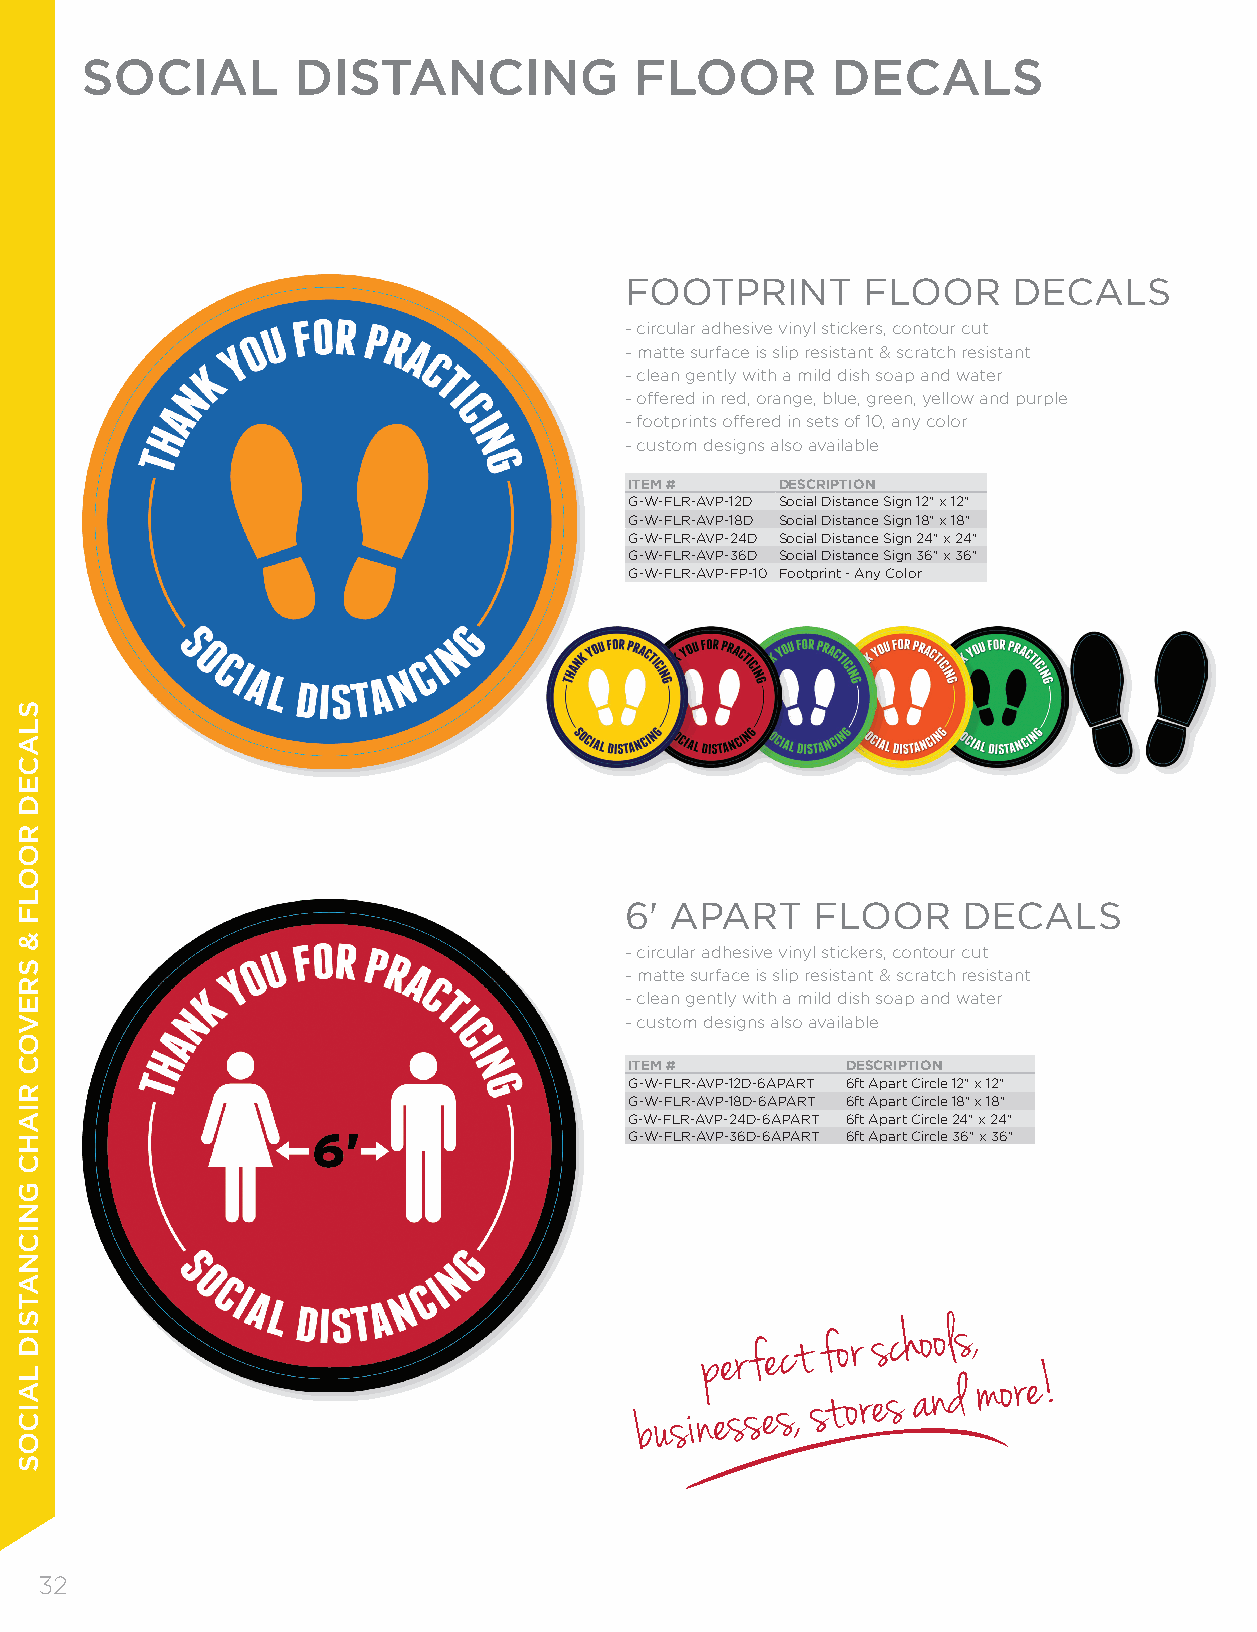
SOCIAL        DISTANCING             FLOOR        DECALS
 FOOTPRINT       FLOOR     DECALS
 - circular adhesive vinyl stickers, contour cut
 - matte surface is slip resistant & scratch resistant
 - clean gently with a mild dish soap and water
 - offered in red, orange, blue, green, yellow and purple
 - footprints offered in sets of 10, any color
 - custom designs also available
 ITEM #    DESCRIPTION
 G-W-FLR-AVP-12D Social Distance Sign 12" x 12"
 G-W-FLR-AVP-18D Social Distance Sign 18" x 18"
 G-W-FLR-AVP-24D Social Distance Sign 24" x 24"
 G-W-FLR-AVP-36D Social Distance Sign 36" x 36"
 G-W-FLR-AVP-FP-10 Footprint - Any Color
 6' APART     FLOOR     DECALS
 - circular adhesive vinyl stickers, contour cut
 - matte surface is slip resistant & scratch resistant
 - clean gently with a mild dish soap and water
 - custom designs also available
 ITEM #        DESCRIPTION
 G-W-FLR-AVP-12D-6APART 6ft Apart Circle 12" x 12"
 G-W-FLR-AVP-18D-6APART 6ft Apart Circle 18" x 18"
 G-W-FLR-AVP-24D-6APART 6ft Apart Circle 24" x 24"
 G-W-FLR-AVP-36D-6APART 6ft Apart Circle 36" x 36"
 p er f e c t f o r s c h o o l s ,
 b u s i n e s s e s , st o r e s a n d m o r e !
 32
 SLACED
 ROOLF
 &
 SREVOC
 RIAHC
 GNICNATSID
 LAICOS